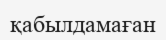
қабылдамаған